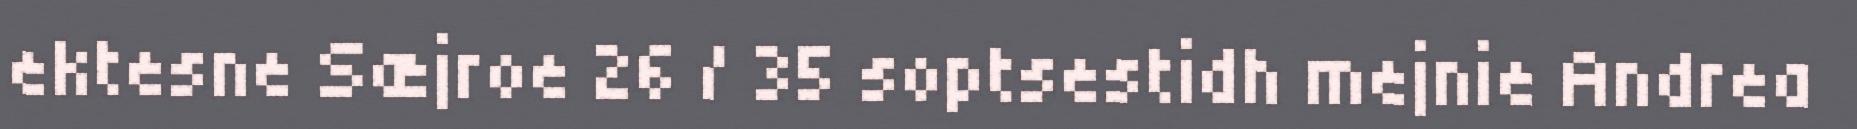
ektesne Sæjroe 26 / 35 soptsestidh mejnie Andrea